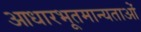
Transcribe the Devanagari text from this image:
आधारभूतमान्यताओं